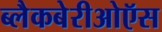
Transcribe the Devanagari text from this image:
ब्लैकबेरीओऍस